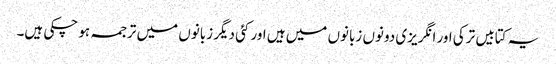
یہ کتابیں ترکی اور انگریزی دونوں زبانوں میں ہیں اور کئی دیگر زبانوں میں ترجمہ ہو چکی ہیں۔